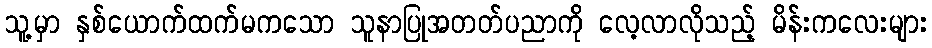
သူ့မှာ နှစ်ယောက်ထက်မကသော သူနာပြုအတတ်ပညာကို လေ့လာလိုသည့် မိန်းကလေးများ